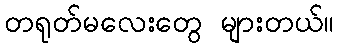
တရုတ်မလေးတွေ များတယ်။